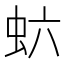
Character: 𬟻